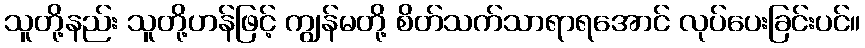
သူတို့နည်း သူတို့ဟန်ဖြင့် ကျွန်မတို့ စိတ်သက်သာရာရအောင် လုပ်ပေးခြင်းပင်။